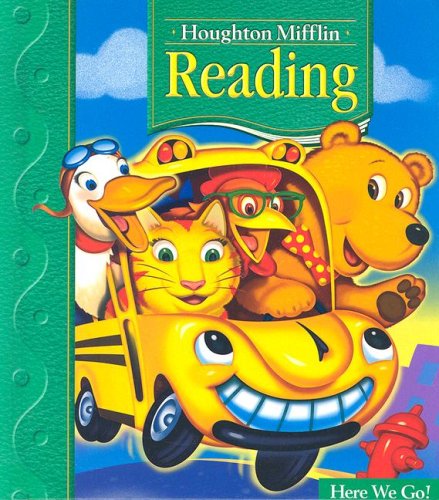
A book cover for Houghton Mifflin Reading: Student Edition Grade 1.1 Here We Go 2005; HOUGHTON MIFFLIN; Children's Books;